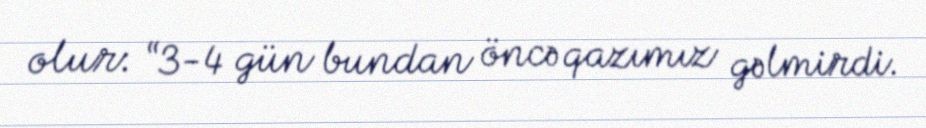
olur: “3-4 gün bundan öncə qazımız gəlmirdi.